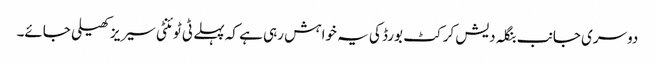
دوسری جانب بنگلہ دیش کرکٹ بورڈ کی یہ خواہش رہی ہے کہ پہلے ٹی ٹوئنٹی سیریز کھیلی جائے۔